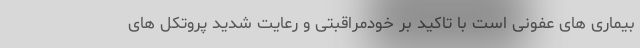
بیماری های عفونی است با تاکید بر خودمراقبتی و رعایت شدید پروتکل های